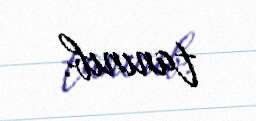
tanınıb.